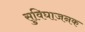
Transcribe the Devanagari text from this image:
सुविघाजनक